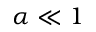
\alpha \ll 1